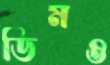
ডিমও